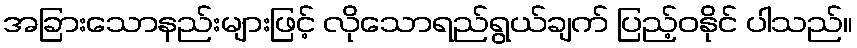
အခြားသောနည်းများဖြင့် လိုသောရည်ရွယ်ချက် ပြည့်ဝနိုင် ပါသည်။